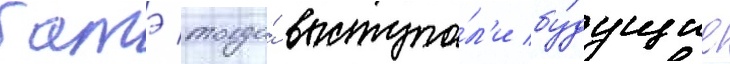
батэ тогда́ выступа́л'и бу́дущие